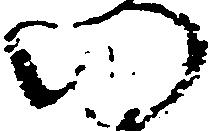
い